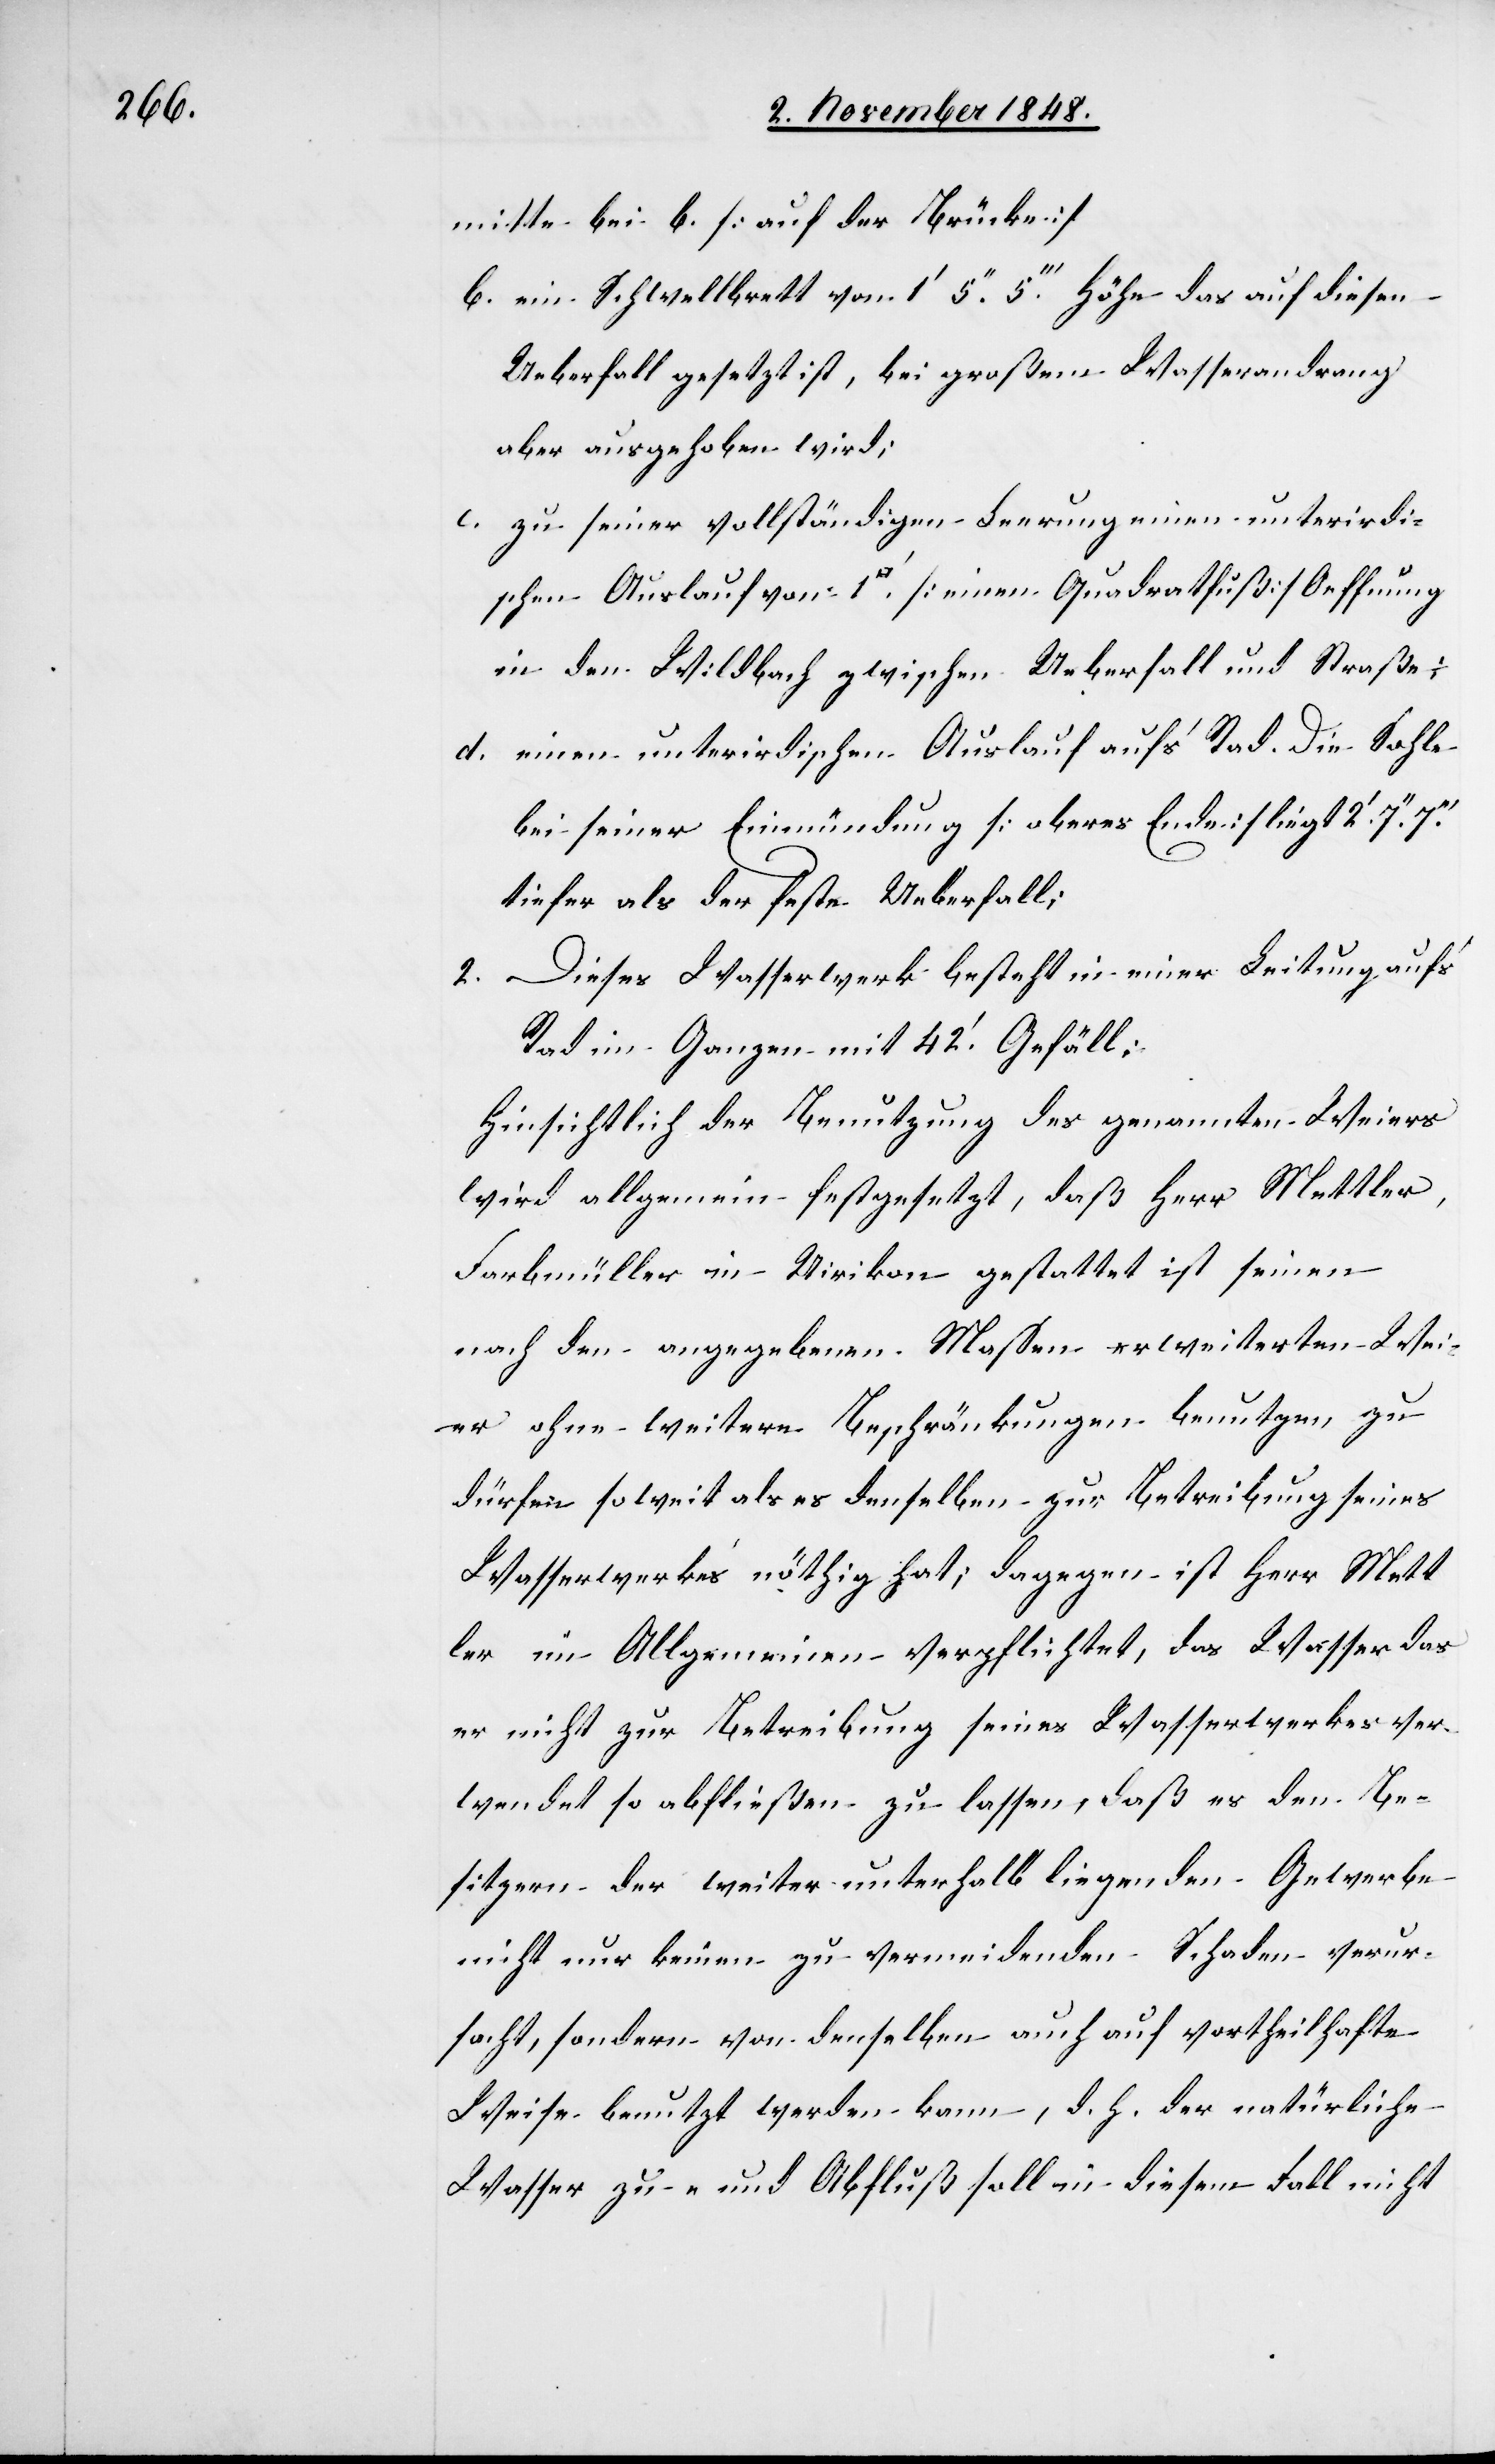
mitte bei b. [auf der Brücke]
b. ein Schwellbrett von 1.’ 5.’’ 5.’’’ Höhe das auf diesen
Ueberfall gesetzt ist, bei großem Wasserandrang
aber ausgehoben wird;
c. zu einer vollständigen Leerung einen unterirdi¬
schen Auslauf von 1 [Quadratfuß] [einen Quadratfuß] Oeffnung
in den Wildbach zwischen Ueberfall und Straße.
d. eine unterirdischen Auslauf auf’s Rad. Die Sohle
bei seiner Einmündung [oberes Ende] liegt 2.’ 7.’’
tiefer als der feste Ueberfall;
2. Dieses Wasserwerk besteht in einer Leitung auf’s
Rad im Ganzen mit 42.’ Gefäll:
Hinsichtlich der Benutzung des genannten Weiers
wird allgemein festgesetzt, daß Herr Mettler,
Farbmüller in Uirikon gestattet ist seinen
nach den angegebenen Maßen erweiterten Wei¬
er ohne weitere Beschränkungen benutzen zu
dürfen so weit als es denselben zur Betreibung seines
Wasserwerke’s nöthig hat; dagegen ist Herr Mett¬
ler im Allgemeinen verpflichtet, das Wasser das
er nicht zur Betreibung seines Wasserwerkes ver¬
wendet so abfließen zu lassen, daß es den Be¬
sitzern der weiter unterhalb liegenden Gewerbe
nicht nur keinen zu vermeidenden Schaden verur¬
sacht, sondern von demselben auch auf vortheilhafte
Weise benutzt werden kann, d. h. der natürliche
Wasserzu- und Abfluß soll in diesem Fall nicht